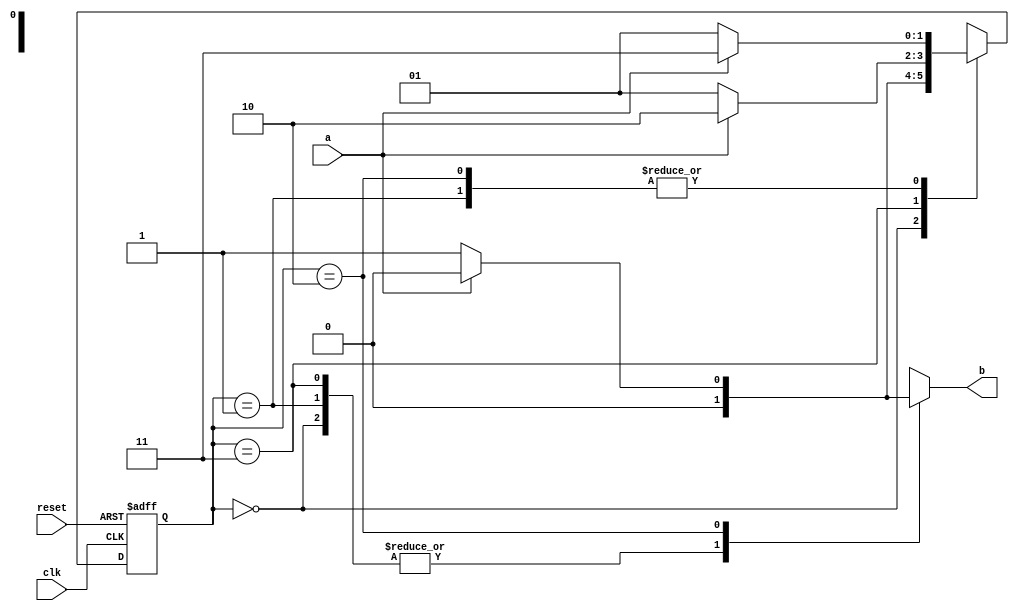
// ---------------------
// Guia 11 - Exercicio 02
// Nome: Bruno Csar Lopes Silva
// ---------------------
 
//constant definitions
`define found    1
`define notfound 0

module Moore ( b, a, clk, reset );
 output b;
 input  a;
 input  clk;
 input  reset;

 reg    b;

 parameter         // state identifiers 
   start  = 3'b000,
   id1    = 3'b001,
   id11   = 3'b011,
   id110  = 3'b010,
	id111  = 3'b100;

   reg [1:0] E1;	// current state variables
   reg [1:0] E2;	// next state logic output

// next state logic
   always @( a or E1 )
    begin
     b = `notfound;
     case ( E1 )
      start:
        if ( a )
         E2 = start;
        else
         E2 = id1;
      id1:
        if ( a )
         E2 = id11;
        else
         E2 = id1;
      id11:
        if ( a )
         E2 = id110;
        else
         E2 = id1;
      id110:
        if ( a )		  
	 begin
	   E2 = id11;
	   b  = `notfound;
	 end
	else
	 begin
	   E2 =  id1;
	   b  = `found;
	 end
      default:   // undefined state
           E2 =  2'bxx;
     endcase
    end // always at signal or state changing

// state variables
   always @( posedge clk or negedge reset )
    begin
     if ( reset )
      E1 = E2;    // updates current state
     else
      E1 = 0;     // reset
    end // always at signal changing

endmodule //Moore

module Exe02;
 reg   clk, reset, a;
 wire  m2;
 
 Moore moore1 ( m2, a, clk, reset );

 initial
  begin
   $display ( "Time     x    Moore" );

// initial values
       clk   = 1;
       reset = 0;
       a     = 0;		 

// input signal changing
  #5   reset = 1;
  #10  a = 1;
  #10  a = 1;
  #10  a = 0;
  #20  a = 1;
  #10  a = 0;
  #10  a = 0;
  #10  a = 1;
  #10  a = 0;
  #10  a = 0;
  #10  a = 1;
  #10  a = 0;
  #10  a = 0;
  #10  a = 1;

  #40 $finish;
 
 end // initial

 always
  #5 clk = ~clk;

 always @( posedge clk )
  begin
   $display ( "%4d  %4b  %5b", $time, a, m2 );
  end // always at positive edge clocking changing

endmodule // Exe02